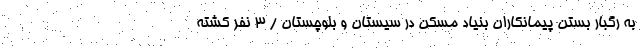
به رگبار بستن پیمانکاران بنیاد مسکن در سیستان و بلوچستان / 3 نفر کشته